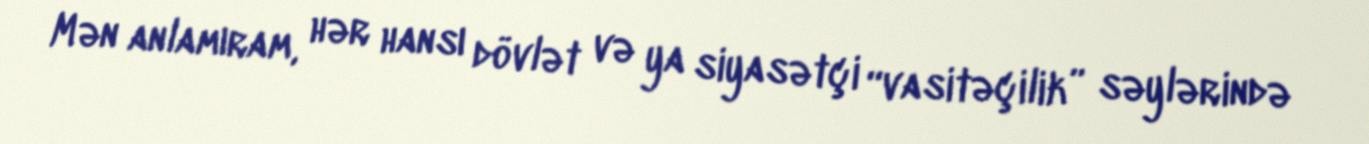
Mən anlamıram, hər hansı dövlət və ya siyasətçi “vasitəçilik” səylərində